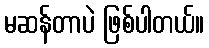
မဆန်တာပဲ ဖြစ်ပါတယ်။